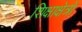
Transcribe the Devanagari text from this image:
शिक्षाक्षेत्रों